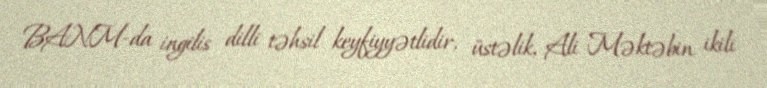
BANM-da ingilis dilli təhsil keyfiyyətlidir, üstəlik, Ali Məktəbin ikili